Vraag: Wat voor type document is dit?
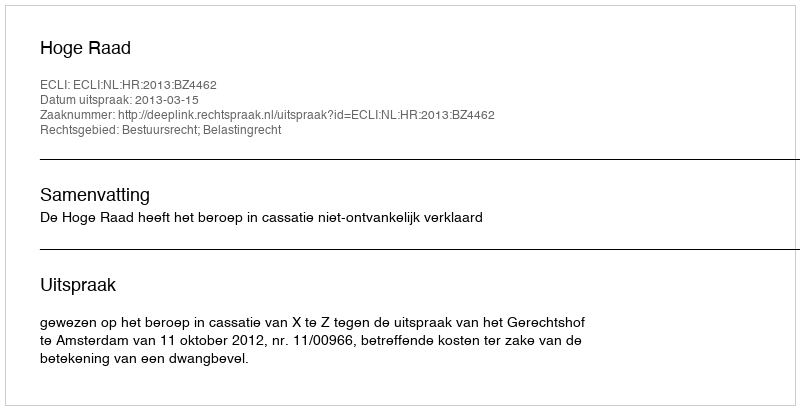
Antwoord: Uitspraak